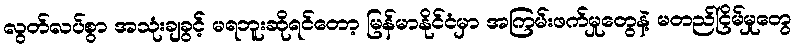
လွတ်လပ်စွာ အသုံးချခွင့် မရဘူးဆိုရင်တော့ မြန်မာနိုင်ငံမှာ အကြမ်းဖက်မှုတွေနဲ့ မတည်ငြိမ်မှုတွေ